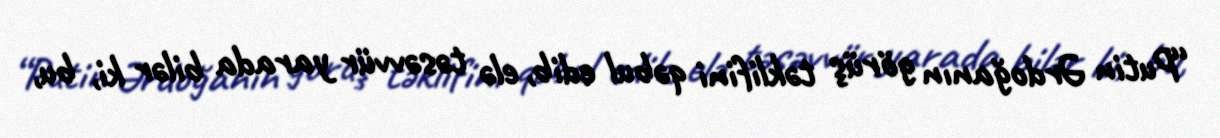
“Putin Ərdoğanın görüş təklifini qəbul edib, elə təsəvvür yarada bilər ki, bu,